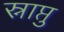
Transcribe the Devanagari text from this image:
स्नाप्तु